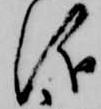
儀